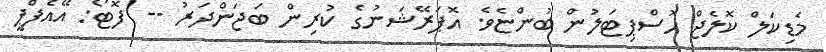
މެޑިކަލް ކޮލެޖް ހޮސްޕިޓަލުން ބުންޏެވެ. އޮޕަރޭޝަނުގެ ކުރިން ބަޖަންދަރު -- ފޮޓޯ: އޭއެފްޕީ